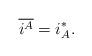
LaTeX: \begin{align*}\overline{i^{A}}=i_{A}^{\ast}.\end{align*}